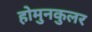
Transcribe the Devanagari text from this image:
होमुनकुलर